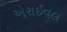
એરાઈવલ